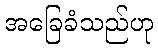
အခြေခံသည်ဟု